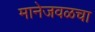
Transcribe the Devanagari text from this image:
मानेजवळचा